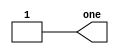
module top_module( output one );

// Insert your code here
    assign one = 1; //assign allows to drive an output continuously with a value

endmodule